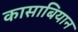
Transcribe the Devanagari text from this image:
कासाबियान